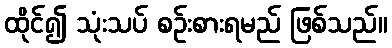
ထိုင်၍ သုံးသပ် စဉ်းစားရမည် ဖြစ်သည်။